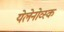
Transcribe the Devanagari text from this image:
येलेनोव्स्क